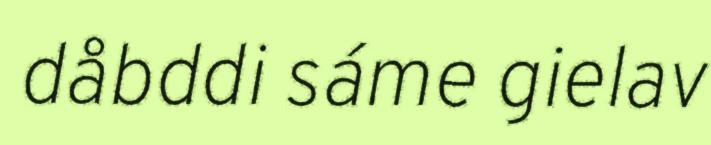
dåbddi sáme gielav